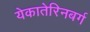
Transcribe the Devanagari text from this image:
येकातेरिनबर्ग